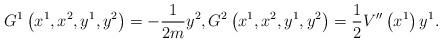
LaTeX: \begin{align*}G^1\left(x^1,x^2,y^1,y^2\right)=-\frac{1}{2m}y^2,G^2\left(x^1,x^2,y^1,y^2\right)=\frac{1}{2}V^{\prime \prime }\left(x^1\right)y^1.\end{align*}